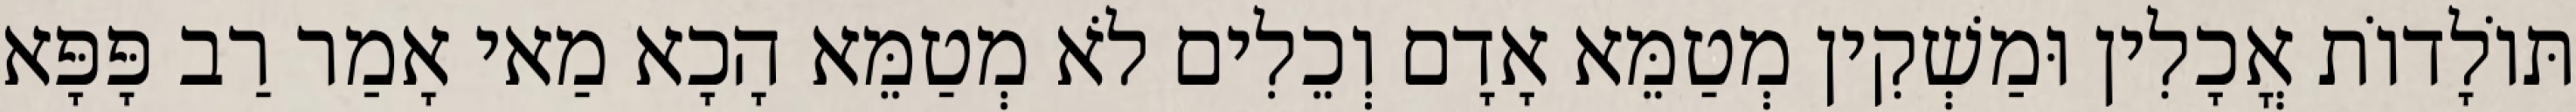
תּוֹלָדוֹת אֳכָלִין וּמַשְׁקִין מְטַמֵּא אָדָם וְכֵלִים לֹא מְטַמֵּא הָכָא מַאי אָמַר רַב פָּפָּא